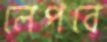
লেপবে